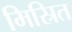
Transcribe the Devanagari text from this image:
मिस्रित